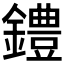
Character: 𫓐